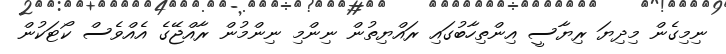
ނިމިގެން މިދިޔަ ރިޔާސީ އިންތިހާބުގައި ރައްޔިތުން ނިންމި ނިންމުން ރާއްޖޭގެ އެއްވެސް ކޯޓަކުން